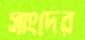
সাংদের